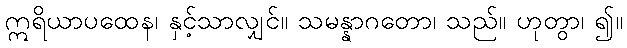
ဣရိယာပထေန၊ နှင့်သာလျှင်။ သမန္နာဂတော၊ သည်။ ဟုတွာ၊ ၍။